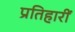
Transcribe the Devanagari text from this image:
प्रतिहारीं